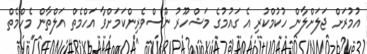
އުމުރަށް ޖަލަށްލާން ހުކުމްކުރި އެ ގައުމުގެ މަޝްހޫރު ނޫސްވެރިންކަމަށްވާ އަހްމެތް އަލްތާން މެހްމެތް